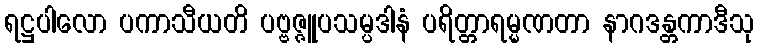
ရဋ္ဌပါလော ပကာသီယတိ ပဗ္ဗဇ္ဇူပသမ္ပဒါနံ ပရိတ္တာရမ္မဏတာ နာဂဒန္တကာဒီသု